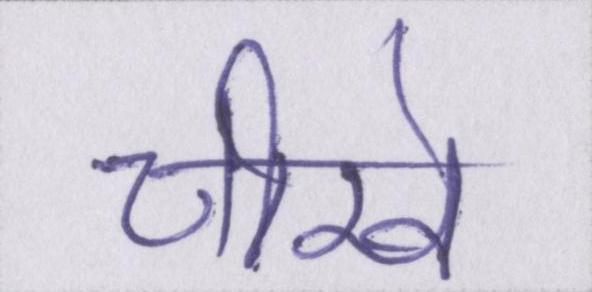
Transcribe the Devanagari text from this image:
चीखें